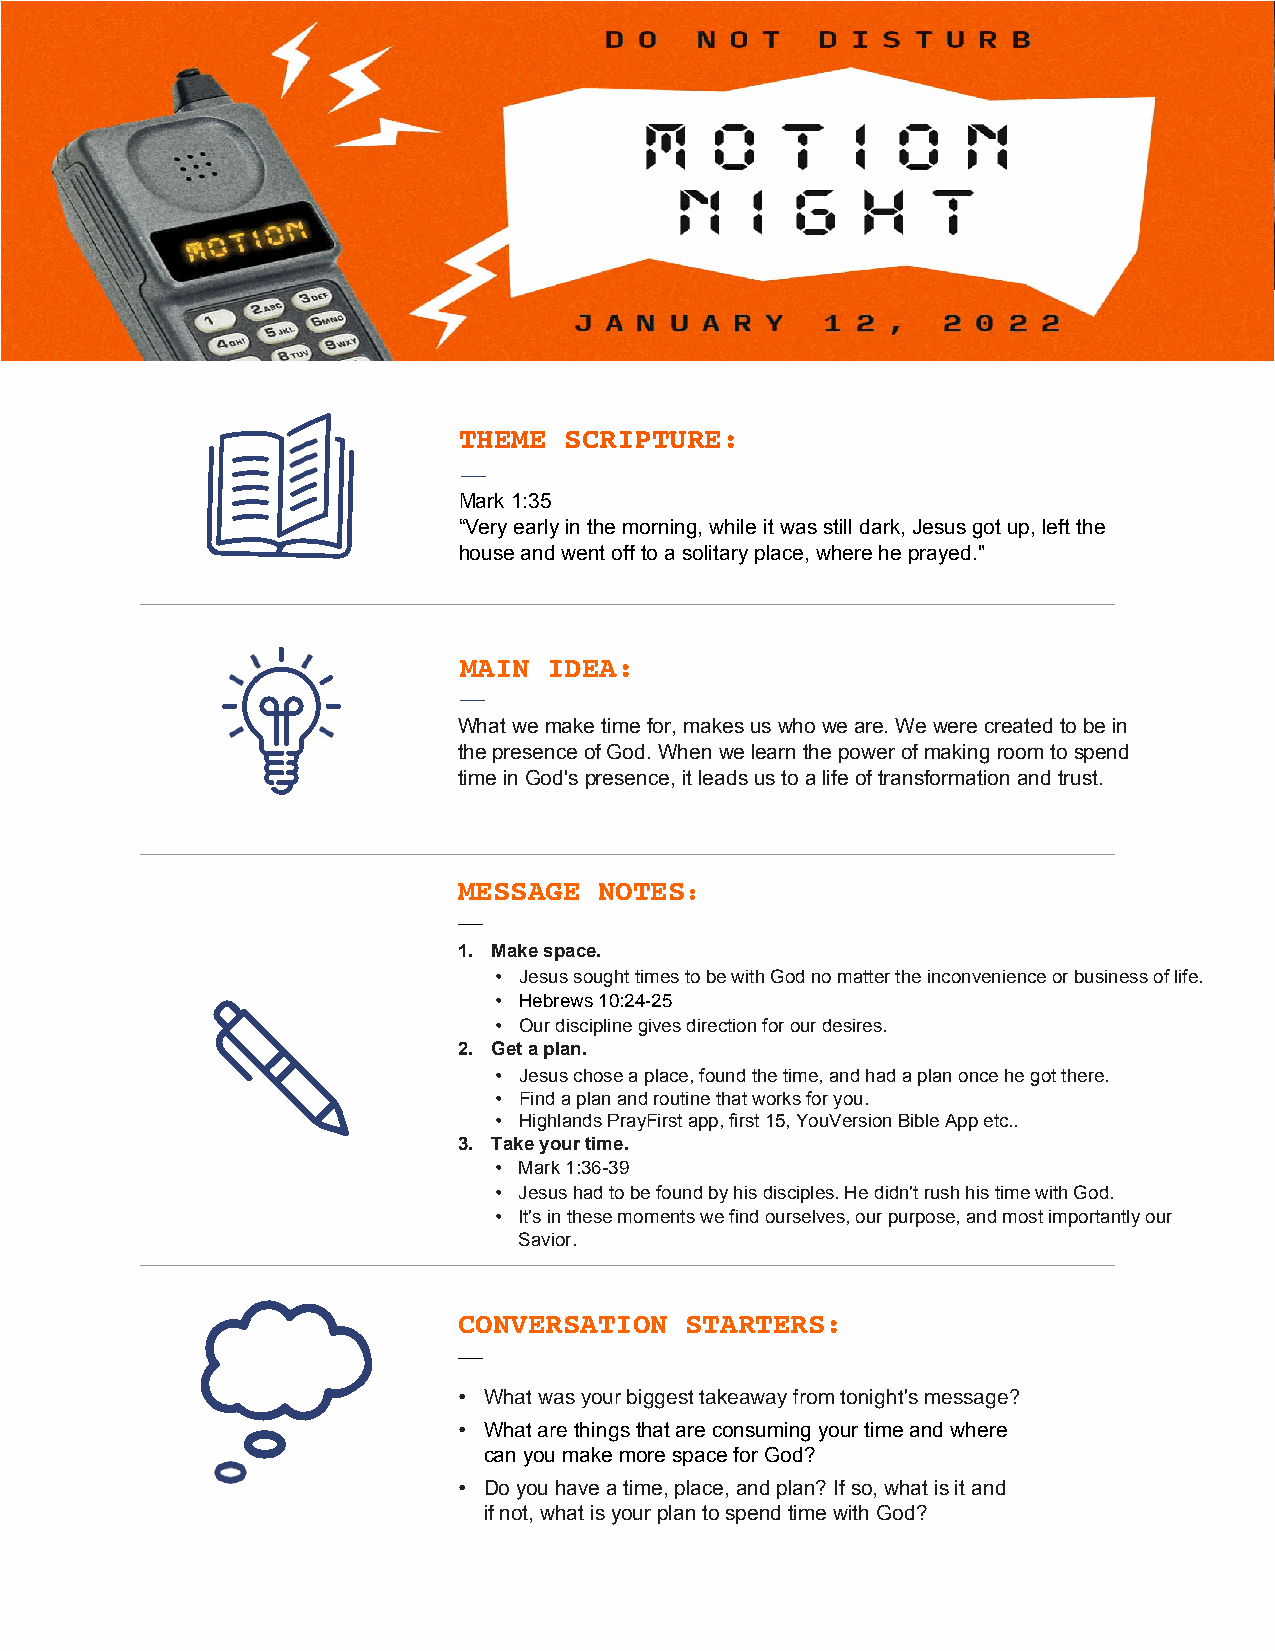
THEME  SCRIPTURE:
 —
 Mark 1:35
 “Very early in the morning, while it was still dark, Jesus got up, left the
 house and went off to a solitary place, where he prayed."
 MAIN  IDEA:
 —
 What we make time for, makes us who we are. We were created to be in
 the presence of God. When we learn the power of making room to spend
 time in God's presence, it leads us to a life of transformation and trust.
 MESSAGE   NOTES:
 —
 1. Make space.
 • Jesus sought times to be with God no matter the inconvenience or business of life.
 • Hebrews 10:24-25
 • Our discipline gives direction for our desires.
 2. Get a plan.
 • Jesus chose a place, found the time, and had a plan once he got there.
 • Find a plan and routine that works for you.
 • Highlands PrayFirst app, first 15, YouVersion Bible App etc..
 3. Take your time.
 • Mark 1:36-39
 • Jesus had to be found by his disciples. He didn't rush his time with God.
 • It's in these moments we find ourselves, our purpose, and most importantly our
 Savior.
 CONVERSATION   STARTERS:
 —
 • What was your biggest takeaway from tonight's message?
 • What are things that are consuming your time and where
 can you make more space for God?
 • Do you have a time, place, and plan? If so, what is it and
 if not, what is your plan to spend time with God?